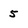
Character: 5